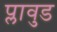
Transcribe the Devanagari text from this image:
प्लावुड